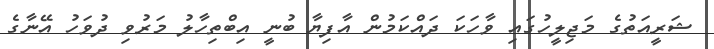
ޝަރީއަތުގެ މަޖިލީހުގައި ވާހަކަ ދައްކަމުން އާފިޔާ ބުނީ އިބްތިހާލު މަރުވި ދުވަހު އޭނާގެ